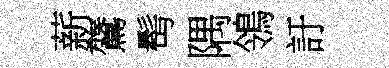
薪鷟髩隅鴒訏